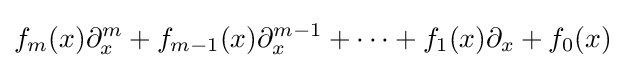
f_{m}(x)\partial _{x}^{m}+f_{m-1}(x)\partial _{x}^{m-1}+\cdots +f_{1}(x)\partial _{x}+f_{0}(x)